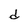
Character: d